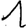
Digit: 1